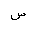
Letter: _sin